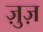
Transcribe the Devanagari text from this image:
ज़ुज़